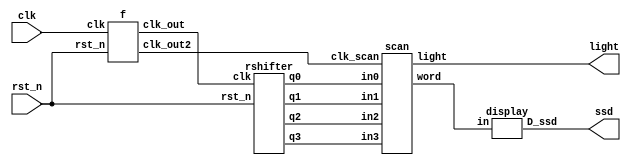
module main(clk, rst_n, ssd, light);
    input clk;
    input rst_n;
    output [7:0]ssd;
    output [3:0]light;
    wire [2:0]word;
    wire [1:0]clk_scan;
    wire clk_d;
    wire [2:0]in0;
    wire [2:0]in1;
    wire [2:0]in2;
    wire [2:0]in3;
    
    f U0(.clk(clk), 
        .rst_n(rst_n), 
        .clk_out(clk_d), 
        .clk_out2(clk_scan)
        );
    rshifter U1(.clk(clk_d), 
                .rst_n(rst_n), 
                .q0(in0), 
                .q1(in1), 
                .q2(in2), 
                .q3(in3)
                );
    scan U2(.in0(in0), 
            .in1(in1), 
            .in2(in2), 
            .in3(in3), 
            .clk_scan(clk_scan), 
            .light(light), 
            .word(word)
            );
    display U3(.in(word), .D_ssd(ssd));
endmodule

module f(clk, rst_n, clk_out, clk_out2);
    reg [25:0]q;
    input clk;
    input rst_n;
    output reg clk_out;
    output reg [1:0]clk_out2;
    reg [26:0]q_temp;
    
    always @*
        q_temp = {clk_out, q} + 1'b1;
    always @(posedge clk or negedge rst_n) begin
        if (~rst_n) q <= 0;
        else {clk_out, q} <= q_temp;
    end
    always @(posedge clk or negedge rst_n) begin
        if (~rst_n) clk_out2 <= 2'b00;
        else clk_out2 <= {q[15], q[14]};
    end
   
endmodule

module rshifter(clk, rst_n, q0, q1, q2, q3);
    input clk;
    input rst_n;
    output reg [2:0]q0;
    output reg [2:0]q1;
    output reg [2:0]q2; 
    output reg [2:0]q3;
    reg [2:0]q4;
    reg [2:0]q5;
    
    always@(posedge clk or negedge rst_n)
        if (~rst_n) begin
            q0 <= 3'd0;
            q1 <= 3'd1;
            q2 <= 3'd2;
            q3 <= 3'd3;
            q4 <= 3'd4;
            q5 <= 3'd4;
        end
        else begin
            q0 <= q1;
            q1 <= q2;
            q2 <= q3;
            q3 <= q4;
            q4 <= q5;
            q5 <= q0;
        end
endmodule

module scan(in0, in1, in2, in3, clk_scan, light, word);
    input [2:0]in0;
    input [2:0]in1;
    input [2:0]in2;
    input [2:0]in3;
    input [1:0]clk_scan;
    output reg [3:0]light;
    output reg [2:0]word;
    
    always @*
        case (clk_scan)
        2'b00: begin
            light = 4'b0111;
            word = in0;
        end 
        2'b01: begin
            light = 4'b1011;
            word = in1;
        end 
        2'b10: begin
            light = 4'b1101;
            word = in2;
        end
        2'b11: begin
            light = 4'b1110;
            word = in3;
        end
        default: begin 
            light = 1111;
            word = 3'b111;
        end  
        endcase
endmodule

module display(in, D_ssd);
    input [2:0]in;
    output reg [7:0]D_ssd;
    always@*
        case(in)
            3'd0:D_ssd = 8'b11010101;   //N
            3'd1:D_ssd = 8'b11100001;   //T
            3'd2:D_ssd = 8'b10010001;   //H
            3'd3:D_ssd = 8'b10000011;   //U
            3'd4:D_ssd = 8'b01100001;   //E
            default:D_ssd=8'b00000000;
        endcase
        
endmodule